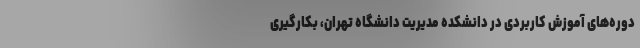
دوره‌های آموزش کاربردی در دانشکده مدیریت دانشگاه تهران، بکارگیری